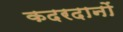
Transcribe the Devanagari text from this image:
कदरदानों